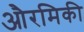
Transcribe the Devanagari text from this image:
औरमिकी